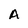
Character: A